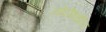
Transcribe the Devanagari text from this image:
नोंदींमधील